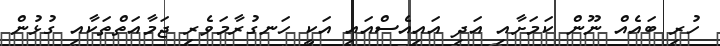
ހުރި ބައެއް ނޫން ކަމަށާއި އަދި އައިއެސްއައި އަކީ ހަނގުރާމަވެރި ޖަމާއަތްތަކާއި ގުޅުން